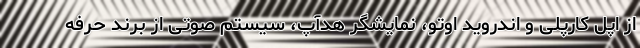
از اپل کارپلی و اندروید اوتو، نمایشگر هدآپ، سیستم صوتی از برند حرفه